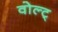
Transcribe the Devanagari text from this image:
वोल्ट्